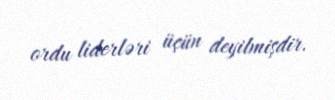
ordu liderləri üçün deyilmişdir.